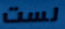
لست